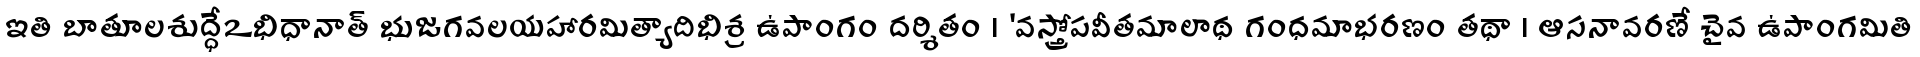
ఇతి బాతూలశుద్ధేఽభిధానాత్ భుజగవలయహారమిత్యాదిభిశ్ర ఉపాంగం దర్శితం । 'వస్త్రోపవీతమాలాథ గంధమాభరణం తథా । ఆసనావరణే చైవ ఉపాంగమితి